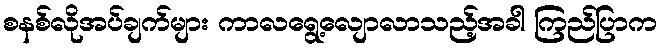
စနစ်လိုအပ်ချက်များ ကာလရွေ့လျောလာသည့်အခါ ကြည်ပြာက